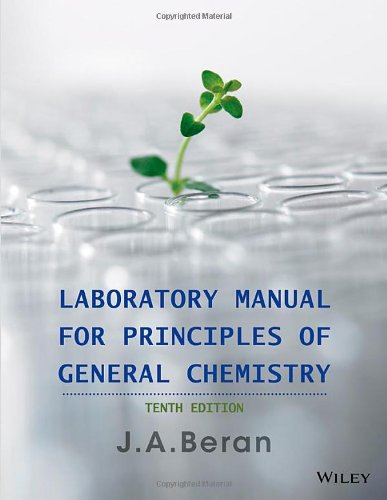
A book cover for Laboratory Manual for Principles of General Chemistry; Jo Allan Beran; Science & Math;